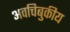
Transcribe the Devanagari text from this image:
अवचिबुकीय